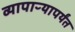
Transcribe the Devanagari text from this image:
व्यापाऱ्यापर्यंत